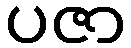
ပဇာ